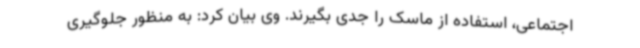
اجتماعی، استفاده از ماسک را جدی بگیرند. وی بیان کرد: به منظور جلوگیری